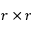
r \times r